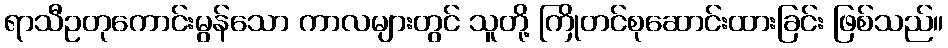
ရာသီဥတုကောင်းမွန်သော ကာလများတွင် သူတို့ ကြိုတင်စုဆောင်းထားခြင်း ဖြစ်သည်။